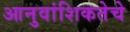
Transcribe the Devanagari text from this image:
आनुवांशिकतेचे